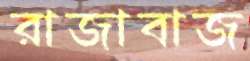
রাজাবাজ